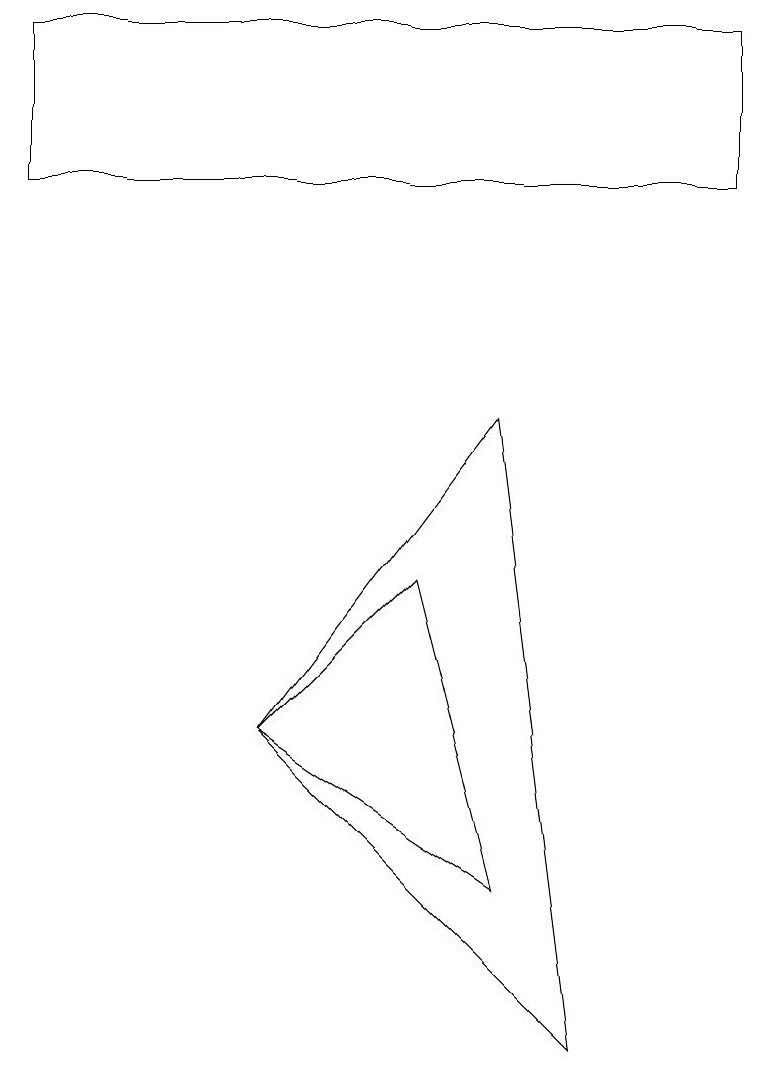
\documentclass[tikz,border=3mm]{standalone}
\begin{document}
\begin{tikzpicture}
\draw (5,6) -- (6,2) -- (3,4) -- cycle;
\draw (3,4) -- (6,8) -- (7,0) -- cycle;
\draw (0,13) rectangle (9,11);
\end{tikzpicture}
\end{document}